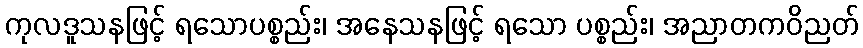
ကုလဒူသနဖြင့် ရသောပစ္စည်း၊ အနေသနဖြင့် ရသော ပစ္စည်း၊ အညာတကဝိညတ်